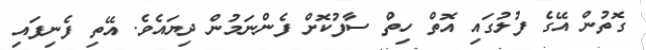
ގޮތުން އޭގެ ފުލުގައި އޮތް ހިތް ސާފުކޮށް ފެންނަމުން ދިޔައެވެ. އޭތި ފެނިފައި